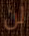
لن